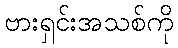
ဗားရှင်းအသစ်ကို